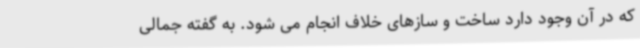
که در آن وجود دارد ساخت و سازهای خلاف انجام می شود. به گفته جمالی